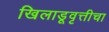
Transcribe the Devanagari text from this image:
खिलाडूवृत्तीचा